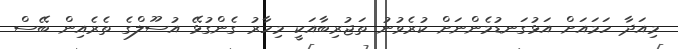
މިއަދާ ހަމައަށް އަޅުގަނޑުމެންނަށް ކުރެވުނު ތަޖުރިބާއަކީ މިހާރު ގެންގުޅޭ އުސޫލްގެ ތެރެއިން ބޭސް